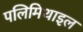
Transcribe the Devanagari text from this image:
पलिमिथाइल